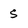
Character: S